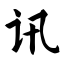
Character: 讯